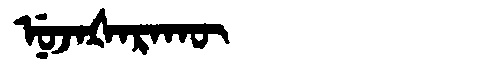
Manchu: ᠨᡠᠵᠠᡧᠠᡵᠠᡴᡡ
Romanization: NUJAŠARAKŪ